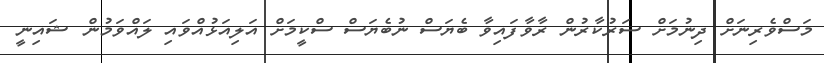
މަސްވެރިނަށް ދިނުމަށް ސަރުކާރުން ރާވާފައިވާ ބެޔަސް ނުބެޔަސް ސްކީމަށް އަލިއަޅުއްވައި ލައްވަމުން ޝައިނީ